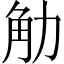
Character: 觔